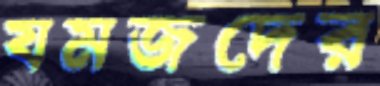
যমজদের